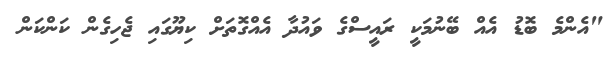
"އެންމެ ބޮޑު އެއް ބޭނުމަކީ ރައީސްގެ ވައުދާ އެއްގޮތަށް ކިޔޫގައި ޖެހިގެން ކަންކަން